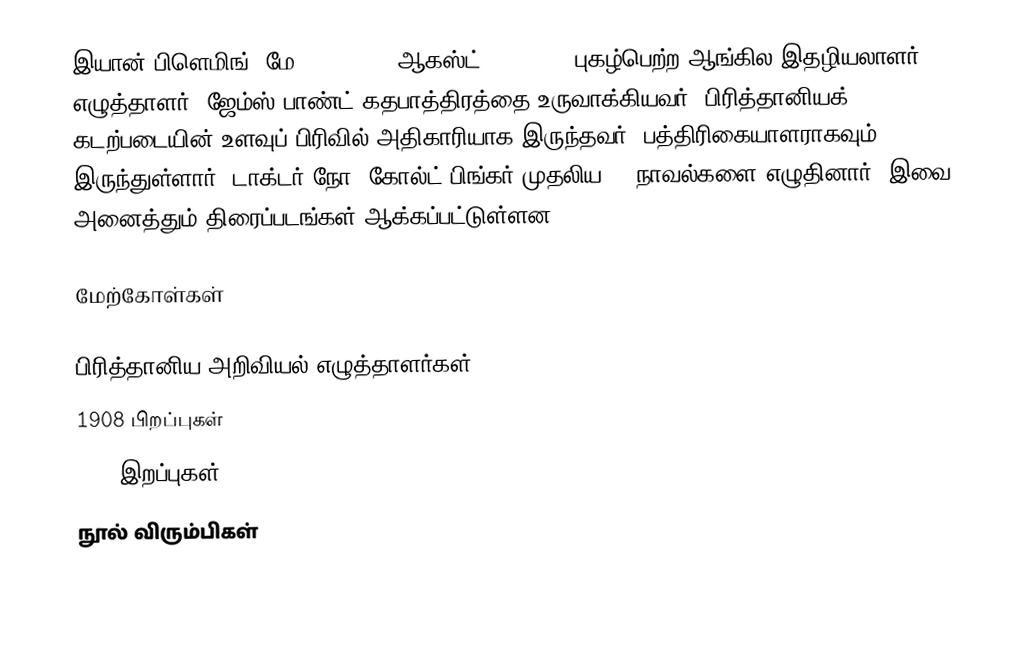
இயான் பிளெமிங் (மே 28, 1908 - ஆகஸ்ட் 12, 1964) புகழ்பெற்ற ஆங்கில இதழியலாளர், எழுத்தாளர். ஜேம்ஸ் பாண்ட் கதபாத்திரத்தை உருவாக்கியவர். பிரித்தானியக் கடற்படையின் உளவுப் பிரிவில் அதிகாரியாக இருந்தவர். பத்திரிகையாளராகவும் இருந்துள்ளார். டாக்டர் நோ, கோல்ட் பிங்கர் முதலிய 13 நாவல்களை எழுதினார். இவை அனைத்தும் திரைப்படங்கள் ஆக்கப்பட்டுள்ளன.

மேற்கோள்கள்

பிரித்தானிய அறிவியல் எழுத்தாளர்கள்
1908 பிறப்புகள்
1964 இறப்புகள்
நூல் விரும்பிகள்